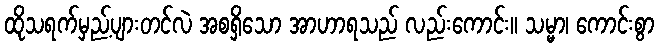
ထိုသရက်မှည့်ပျားတင်လဲ အစရှိသော အာဟာရသည် လည်းကောင်း။ သမ္မာ၊ ကောင်းစွာ